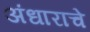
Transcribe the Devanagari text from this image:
अंधाराचे